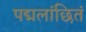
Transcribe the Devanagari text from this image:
पद्मलांछितं